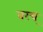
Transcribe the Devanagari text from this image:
वरच्